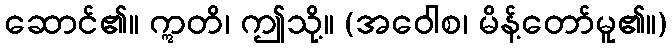
ဆောင်၏။ ဣတိ၊ ဤသို့။ (အဝေါစ၊ မိန့်တော်မူ၏။)